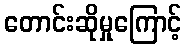
တောင်းဆိုမှုကြောင့်